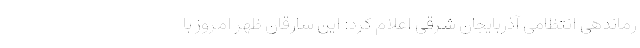
رماندهی انتظامی آذربایجان شرقی اعلام کرد: این سارقان ظهر امروز با